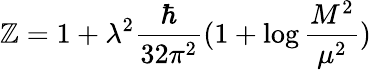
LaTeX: \mathbb{Z}=1+\lambda^{2}\frac{{\hbar}}{{32\pi^{2}}}(1+\log\frac{{M^{2}}}{{\mu^{2}}})